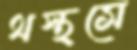
থস্‌থসে